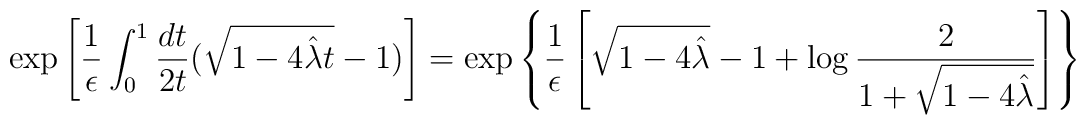
\exp\left[{1\over\epsilon}\int_0^1 {dt\over 2t} (\sqrt{1-4{\hat\lambda} t}-1)\right]=\exp\left\{{1\over\epsilon}\left[\sqrt{1-4{\hat\lambda}}-1+\log{2\over 1+\sqrt{1-4{\hat\lambda}}}\right]\right\}